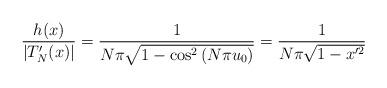
LaTeX: \begin{align*} \frac{h(x)}{|T_{N}'(x)|}=\frac{1}{N\pi\sqrt{1-\cos^{2}\left(N\pi u_{0}\right)}}=\frac{1}{N\pi\sqrt{1-x'^{2}}}\end{align*}